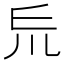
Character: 𠃤